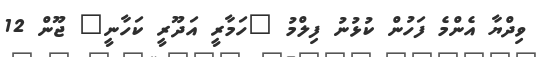
ވިދްޔާ އެންމެ ފަހުން ކުޅުނު ފިލްމު "ހަމާރީ އަދޫރީ ކަހާނީ" ޖޫން 12